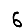
Digit: 6